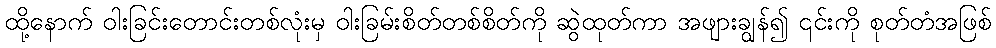
ထို့နောက် ဝါးခြင်းတောင်းတစ်လုံးမှ ဝါးခြမ်းစိတ်တစ်စိတ်ကို ဆွဲထုတ်ကာ အဖျားချွန်၍ ၎င်းကို စုတ်တံအဖြစ်